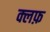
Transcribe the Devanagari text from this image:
क्लफ़